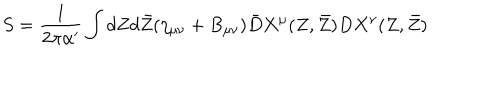
S = \frac { 1 } { 2 \pi \alpha ^ { \prime } } \int d Z d \bar { Z } ( \eta _ { \mu \nu } + B _ { \mu \nu } ) \bar { D } X ^ { \mu } ( Z , \bar { Z } ) D X ^ { \nu } ( Z , \bar { Z } )